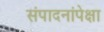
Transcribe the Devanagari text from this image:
संपादनांपेक्षा